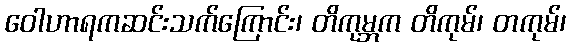
ဝေါဟာရကဆင်းသက်ကြောင်း၊ တိကုမ္ဘက တိကုမ်၊ တကုမ်၊